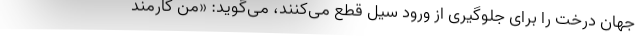
جهان درخت را برای جلوگیری از ورود سیل قطع می‌کنند، می‌گوید: «من کارمند